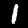
Label: 1